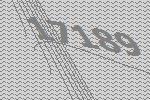
17189